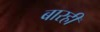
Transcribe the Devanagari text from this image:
बारही